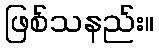
ဖြစ်သနည်း။